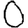
Digit: 0